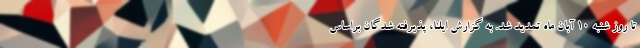
تا روز شنبه ۱۰ آبان ماه تمدید شد. به گزارش ایلنا، پذیرفته شدگان براساس